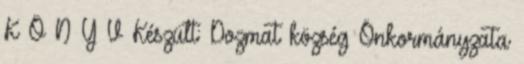
K Ö N Y V Készült: Dozmat község Önkormányzata